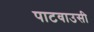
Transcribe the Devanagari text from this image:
पाटवाउसी